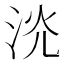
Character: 𣴕